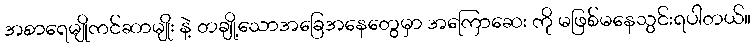
အစာရေမျိုကင်ဆာမျိုး နဲ့ တချို့သောအခြေအနေတွေမှာ အကြောဆေး ကို မဖြစ်မနေသွင်းရပါတယ်။